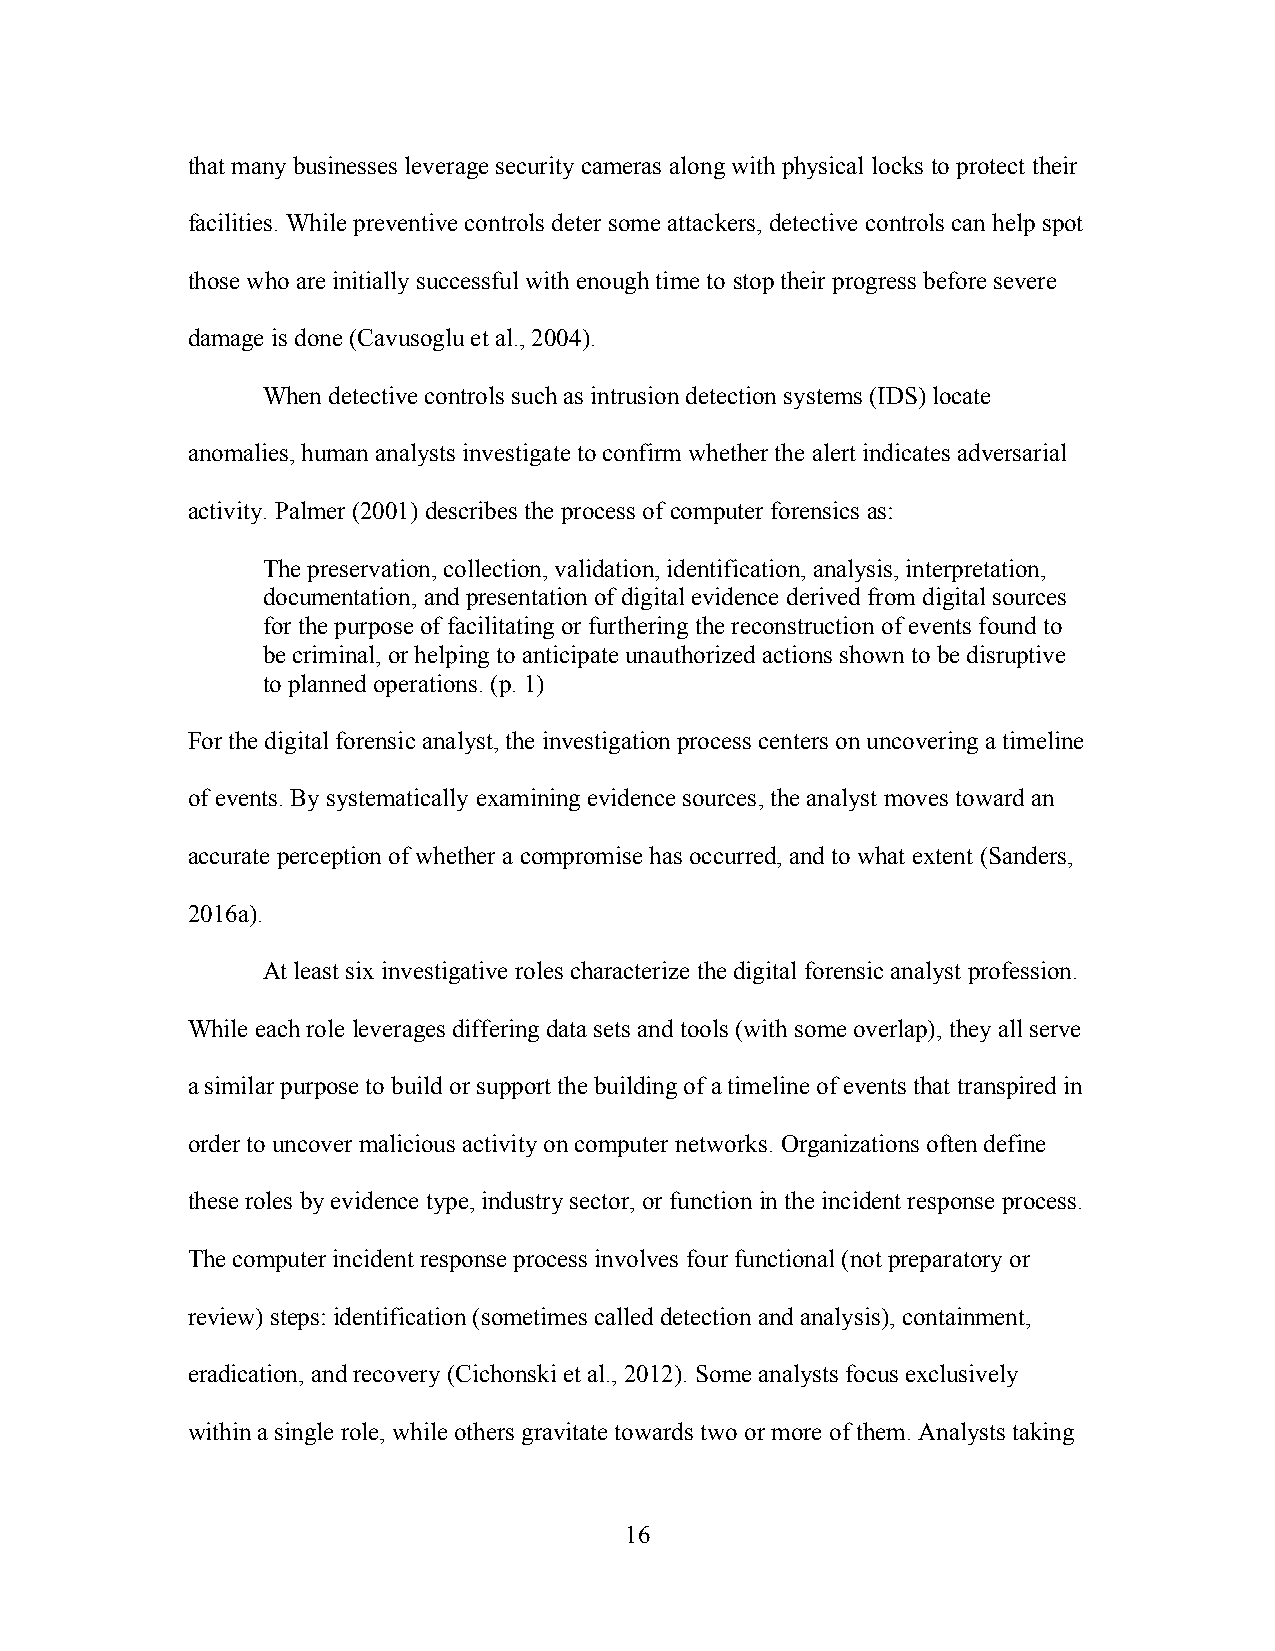
that many businesses leverage security cameras along with physical locks to protect their
 facilities. While preventive controls deter some attackers, detective controls can help spot
 those who are initially successful with enough time to stop their progress before severe
 damage is done (Cavusoglu et al., 2004).
 When detective controls such as intrusion detection systems (IDS) locate
 anomalies, human analysts investigate to confirm whether the alert indicates adversarial
 activity. Palmer (2001) describes the process of computer forensics as:
 The preservation, collection, validation, identification, analysis, interpretation,
 documentation, and presentation of digital evidence derived from digital sources
 for the purpose of facilitating or furthering the reconstruction of events found to
 be criminal, or helping to anticipate unauthorized actions shown to be disruptive
 to planned operations. (p. 1)
 For the digital forensic analyst, the investigation process centers on uncovering a timeline
 of events. By systematically examining evidence sources, the analyst moves toward an
 accurate perception of whether a compromise has occurred, and to what extent (Sanders,
 2016a).
 At least six investigative roles characterize the digital forensic analyst profession.
 While each role leverages differing data sets and tools (with some overlap), they all serve
 a similar purpose to build or support the building of a timeline of events that transpired in
 order to uncover malicious activity on computer networks. Organizations often define
 these roles by evidence type, industry sector, or function in the incident response process.
 The computer incident response process involves four functional (not preparatory or
 review) steps: identification (sometimes called detection and analysis), containment,
 eradication, and recovery (Cichonski et al., 2012). Some analysts focus exclusively
 within a single role, while others gravitate towards two or more of them. Analysts taking
 16